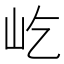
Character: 屹